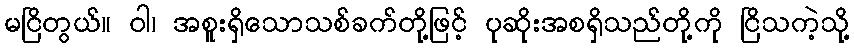
မငြိတွယ်။ ဝါ၊ အစူးရှိသောသစ်ခက်တို့ဖြင့် ပုဆိုးအစရှိသည်တို့ကို ငြိသကဲ့သို့